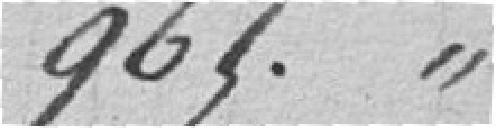
965